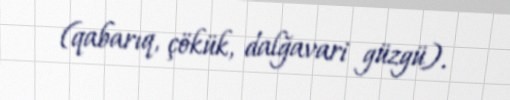
(qabarıq, çökük, dalğavari güzgü).